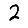
Digit: 2